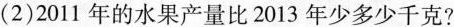
（2）2011年的水果产量比2013年少多少千克？